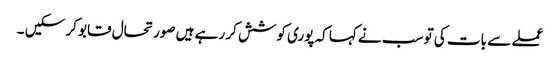
عملے سے بات کی تو سب نے کہا کہ پوری کوشش کر رہے ہیں صورتحال قابو کر سکیں ۔